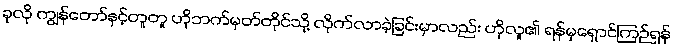
ခုလို ကျွန်တော်နှင့်တူတူ ဟိုဘက်မှတ်တိုင်သို့ လိုက်လာခဲ့ခြင်းမှာလည်း ဟိုလူ၏ ရန်မှရှောင်ကြဉ်ရန်